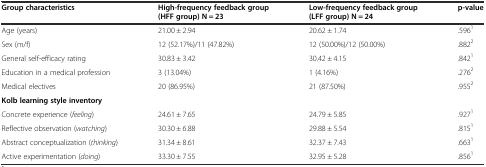
<table><thead><tr><td><b>Group characteristics</b></td><td><b>High-frequency feedback group (HFF group) N = 23</b></td><td><b>Low-frequency feedback group (LFF group) N = 24</b></td><td><b>p-value</b></td></tr></thead><tbody><tr><td>Age (years)</td><td>21.00 ± 2.94</td><td>20.62 ± 1.74</td><td>.596<sup>1</sup></td></tr><tr><td>Sex (m/f)</td><td>12 (52.17%)/11 (47.82%)</td><td>12 (50.00%)/12 (50.00%)</td><td>.882<sup>2</sup></td></tr><tr><td>General self-efficacy rating</td><td>30.83 ± 3.42</td><td>30.42 ± 4.15</td><td>.842<sup>1</sup></td></tr><tr><td>Education in a medical profession</td><td>3 (13.04%)</td><td>1 (4.16%)</td><td>.276<sup>2</sup></td></tr><tr><td>Medical electives</td><td>20 (86.95%)</td><td>21 (87.50%)</td><td>.955<sup>2</sup></td></tr><tr><td colspan="4"><b>Kolb learning style inventory</b></td></tr><tr><td>Concrete experience (<i>feeling</i>)</td><td>24.61 ± 7.65</td><td>24.79 ± 5.85</td><td>.927<sup>1</sup></td></tr><tr><td>Reflective observation (<i>watching</i>)</td><td>30.30 ± 6.88</td><td>29.88 ± 5.54</td><td>.815<sup>1</sup></td></tr><tr><td>Abstract conceptualization (<i>thinking</i>)</td><td>31.34 ± 8.61</td><td>32.37 ± 7.43</td><td>.663<sup>1</sup></td></tr><tr><td>Active experimentation (<i>doing</i>)</td><td>33.30 ± 7.55</td><td>32.95 ± 5.28</td><td>.856<sup>1</sup></td></tr></tbody></table>